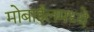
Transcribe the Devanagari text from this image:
मोबाईलमध्ये